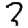
Digit: 7